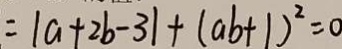
= \vert a + 2 b - 3 \vert + ( a b + 1 ) ^ { 2 } = 0